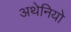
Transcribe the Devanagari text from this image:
अथेनियो